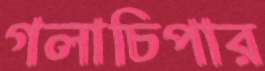
গলাচিপার